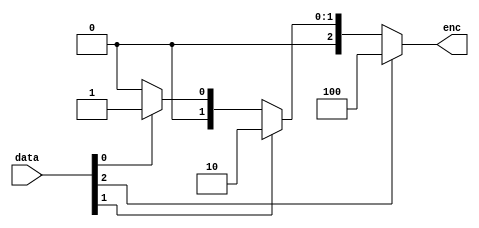
`timescale 1ns / 1ps

module encoder_3to4 (
    input wire [2:0] data,   // 3  
    output wire [2:0] enc    // 3  
);

    assign enc = (data[2]) ? 3'b100 :
                 (data[1]) ? 3'b010 :
                 (data[0]) ? 3'b001 :
                             3'b000;

endmodule